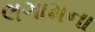
લગામના